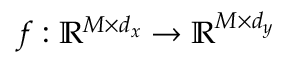
\boldsymbol { f } : \mathbb { R } ^ { M \times d _ { \boldsymbol { x } } } \to \mathbb { R } ^ { M \times d _ { \boldsymbol { y } } }